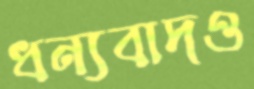
ধন্যবাদও